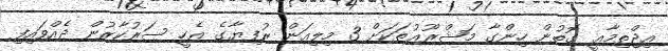
އިޖްތިމާޢީ ގޮތުން ހިންގާ މަޝްރޫޢުތަކަށް 3 މިލިއަން ރުފިޔާގެ އެހީ ސަރުކާރުން ދެއްވައިފި